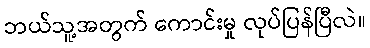
ဘယ်သူ့အတွက် ကောင်းမှု လုပ်ပြန်ပြီလဲ။